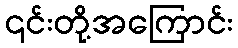
၎င်းတို့အကြောင်း